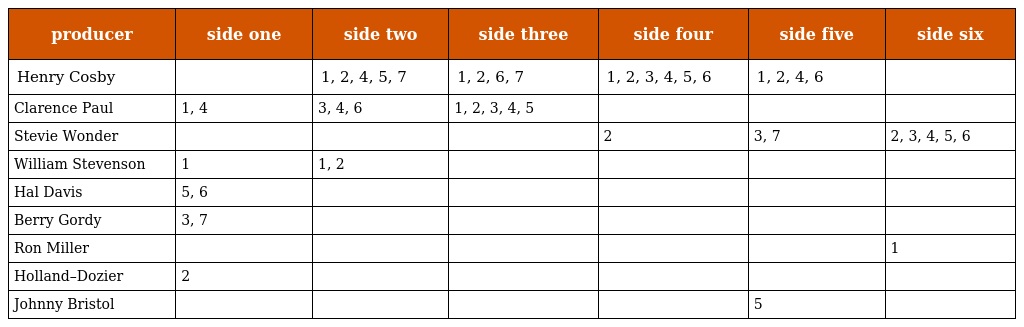
| producer | side one | side two | side three | side four | side five | side six |
 | --- | --- | --- | --- | --- | --- | --- |
 | Henry Cosby |  | 1, 2, 4, 5, 7 | 1, 2, 6, 7 | 1, 2, 3, 4, 5, 6 | 1, 2, 4, 6 |  |
 | Clarence Paul | 1, 4 | 3, 4, 6 | 1, 2, 3, 4, 5 |  |  |  |
 | Stevie Wonder |  |  |  | 2 | 3, 7 | 2, 3, 4, 5, 6 |
 | William Stevenson | 1 | 1, 2 |  |  |  |  |
 | Hal Davis | 5, 6 |  |  |  |  |  |
 | Berry Gordy | 3, 7 |  |  |  |  |  |
 | Ron Miller |  |  |  |  |  | 1 |
 | Holland–Dozier | 2 |  |  |  |  |  |
 | Johnny Bristol |  |  |  |  | 5 |  |